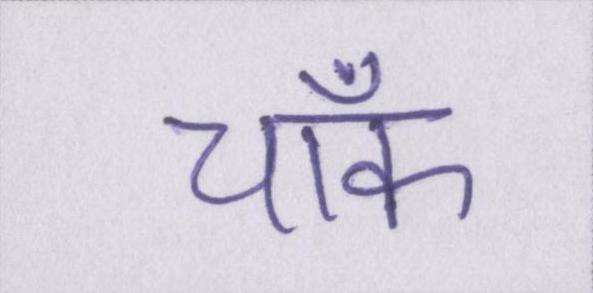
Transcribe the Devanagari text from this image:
चॉक